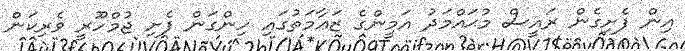
އިން ފެށިގެން ރައީސް މުޙައްމަދު އަމީންގެ ޒަޢާމަތުގައި ހިންގަން ފެށި ޖުމްހޫރީ ވެރިކަން